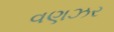
વણઝર